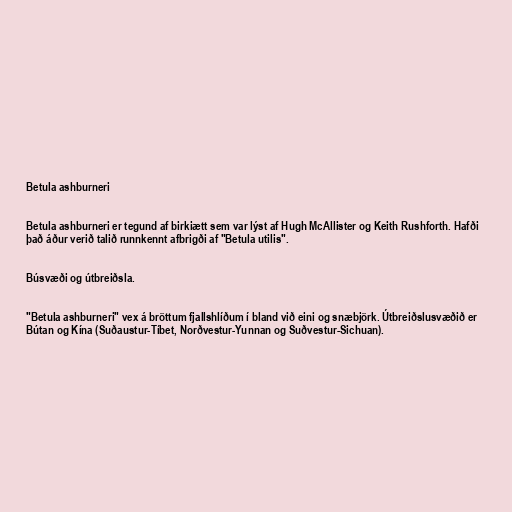
Betula ashburneri

Betula ashburneri er tegund af birkiætt sem var lýst af Hugh McAllister og Keith Rushforth. Hafði
það áður verið talið runnkennt afbrigði af "Betula utilis".

Búsvæði og útbreiðsla.

"Betula ashburneri" vex á bröttum fjallshlíðum í bland við eini og snæbjörk. Útbreiðslusvæðið er
Bútan og Kína (Suðaustur-Tíbet, Norðvestur-Yunnan og Suðvestur-Sichuan).